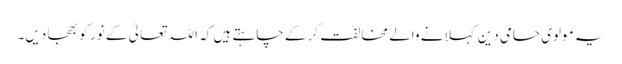
یہ مولوی حامی دین کہلانے والے مخالفت کر کے چاہتے ہیں کہ اللہ تعالیٰ کے نور کو بھجا دیں۔